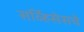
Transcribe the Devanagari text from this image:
सर्व्हिसेसचे